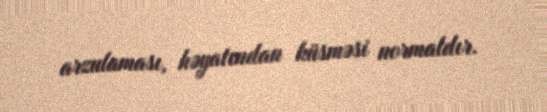
arzulaması, həyatından küsməsi normaldır.